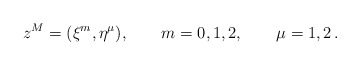
\begin{align*}z^M=(\xi^m,\eta^\mu), \qquad m=0,1,2, \qquad \mu=1,2\,.\end{align*}